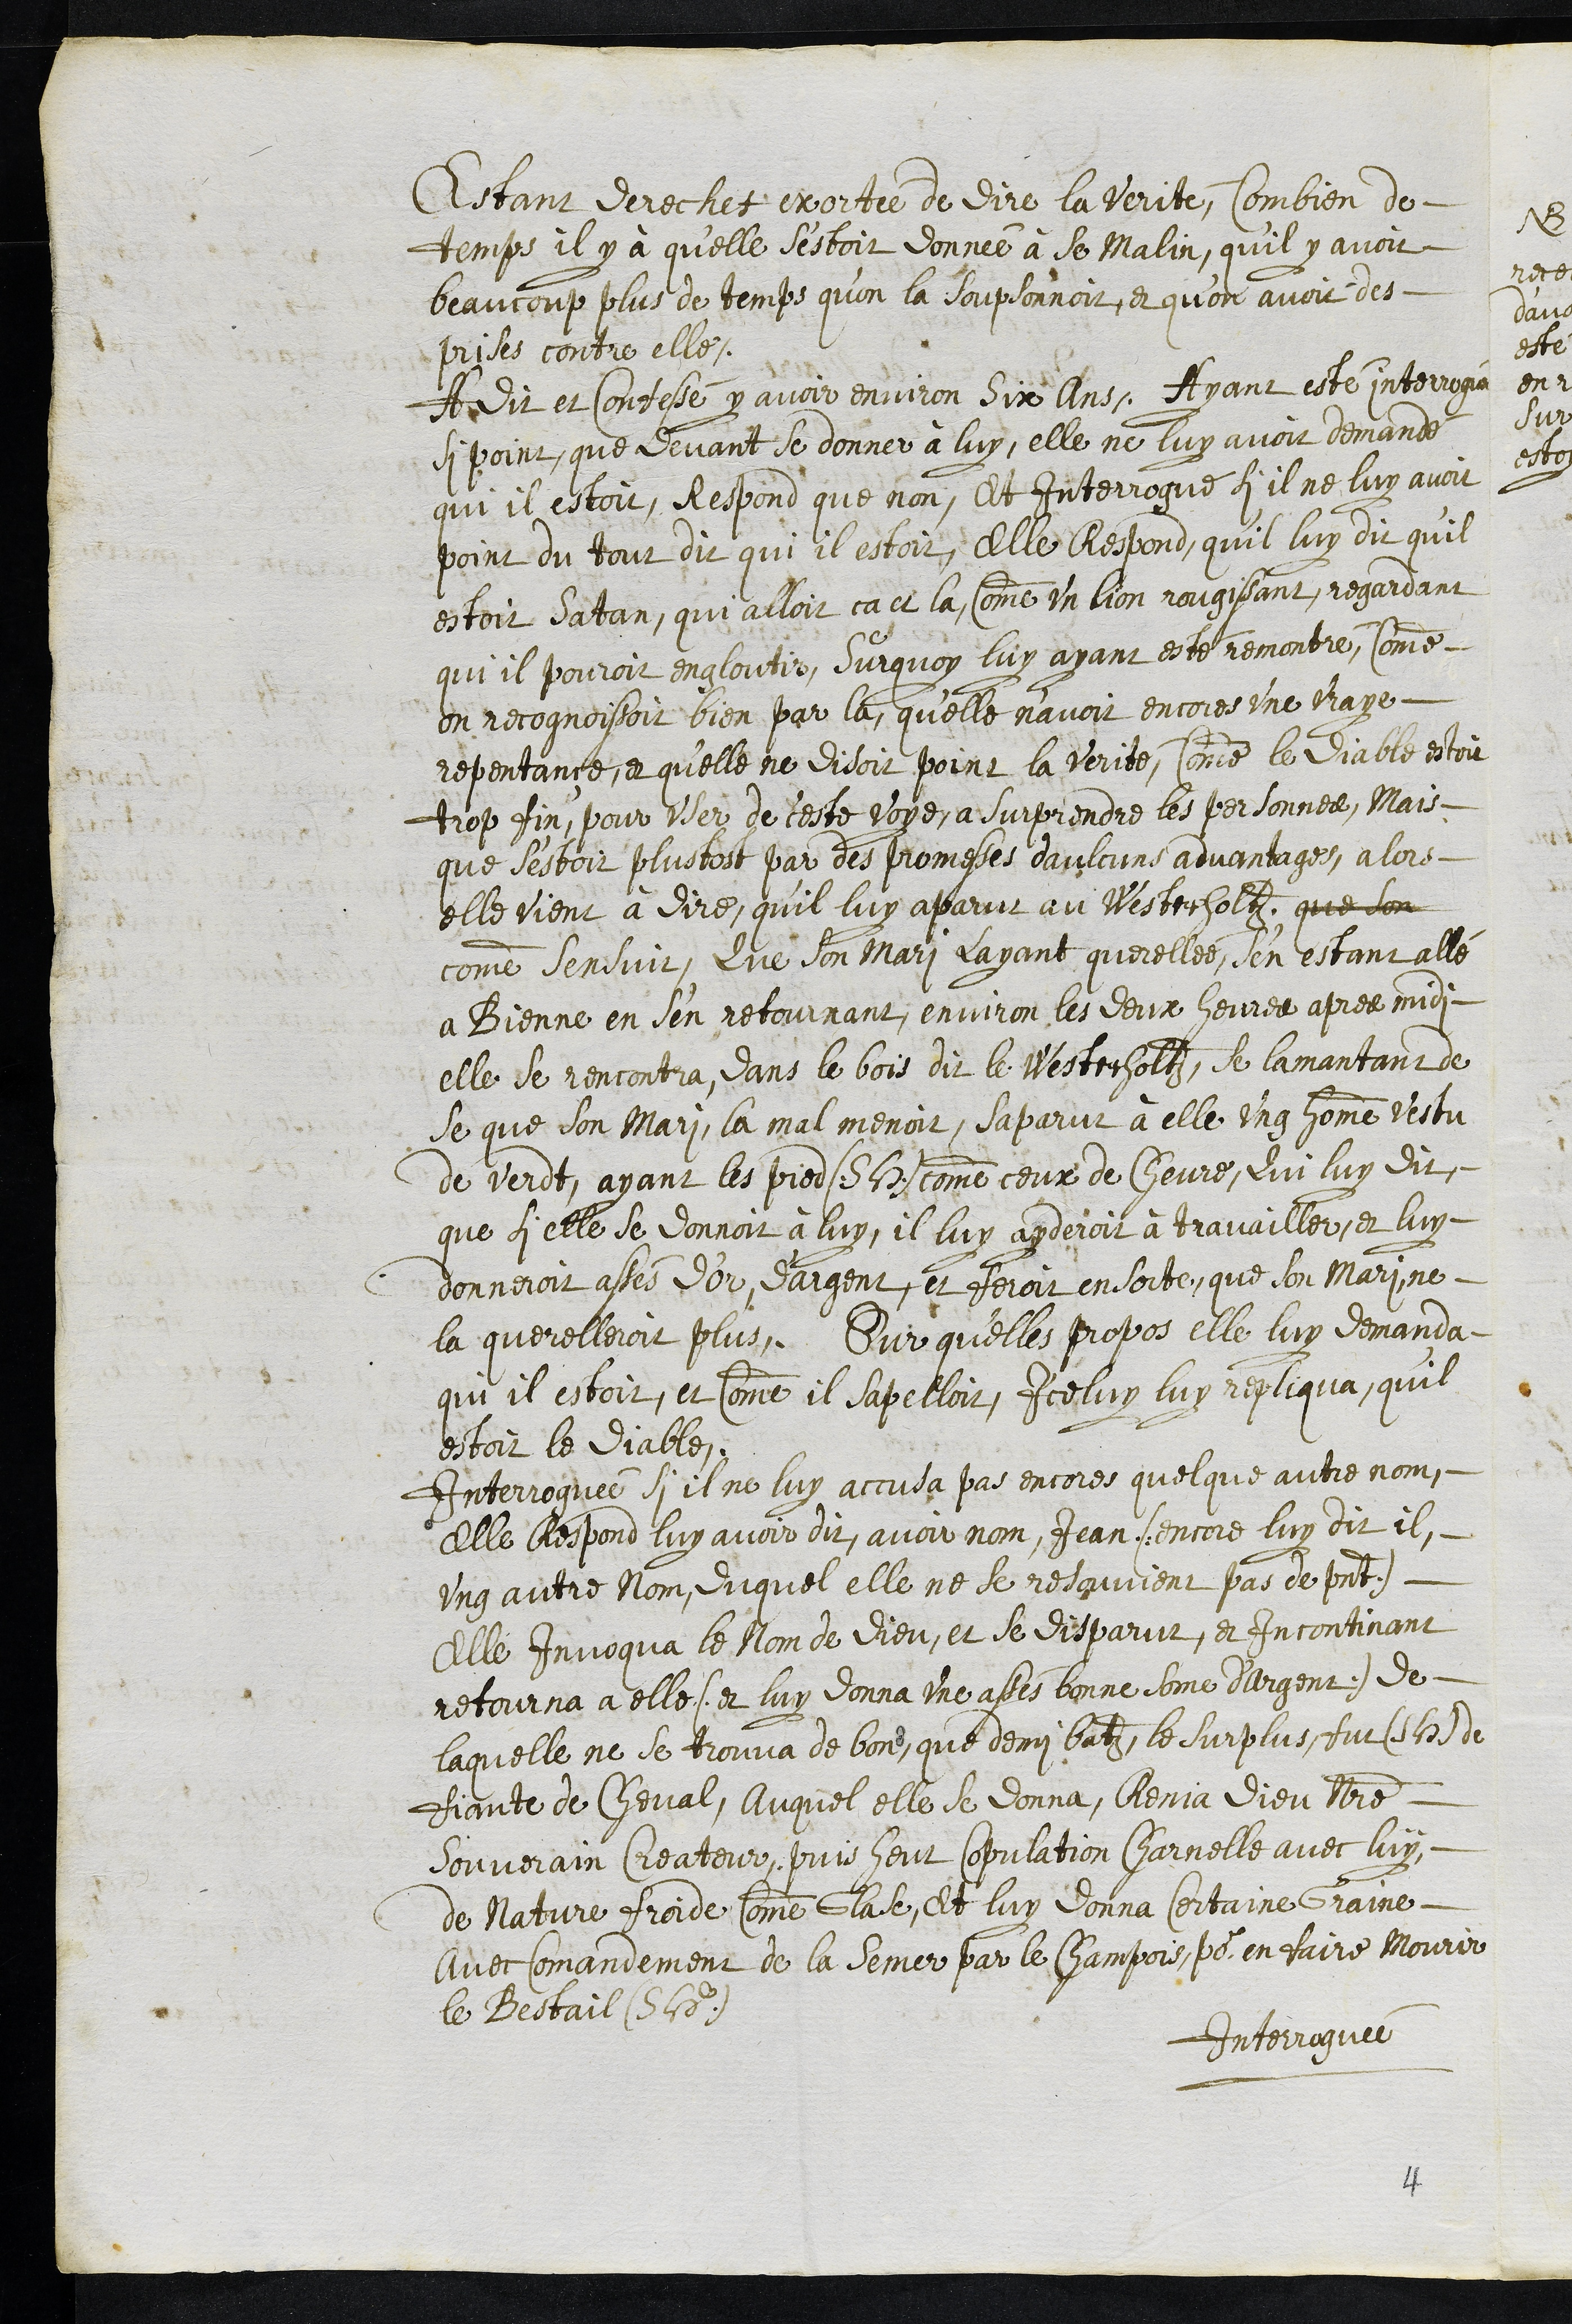
Estant derechef exortée de dire la verité, Combien de
temps il y à qu'elle s'estoit donnée à se Malin, qu’il y avoit
beaucoup plus de temps qu'on la soupsonnoit, et qu’on avoit des
prises contre elle.
A dit et Confessé y avoir environ six Ans, Ayant esté interrogée
si point que devant se donner à luy, elle ne luy avoit demandé
qui il estoit, Respond que non, Et Interrogué si il ne luy avoit
point du tout dit qui il estoit, Elle Respond, qu'il luy dit qu'il
estoit Satan, qui alloit ca et la, comme un lion rougissant, regardant
qui il pouroit engloutir, Surquoy luy ayant esté remontré, comme
on recognoissoit bien par la qu'elle n'avoit encores une vraye
repentance, et qu’elle ne disoit point la verite, comme le Diable estoit
trop fin, pour user de ceste voye a surprendre les personnes, Mais
que s'estoit plustost par des promesses daulcuns advantages, alors
elle vient à dire, qu’il luy apparut au Westerholtz, que son
comme sensuit, Que son mari Layant querellée, s’en estant allé
a Bienne en s'en retournant, environ les deux heures apres midi
elle se rencontra dans le bois dit le Westerholtz, se lamantant de
se que son mari, la mal menoit, saparut à elle ung homme vestu
de verd, ayant les pied (S. H.) comme ceux de chevre, Qui luy dit,
que si elle se donnoit à luy, il luy ayderoit à travailler et luy
donneroit assés d'or, d'argent, et feroit en sorte que son mari ne
la querelleroit plus, Sur qu'elles propos elle luy demanda
qui il estoit, et comme il sapelloit, Iceluy luy repliqua, qu'il
estoit le diable.
Interroguée si il ne luy accusa pas encores quelque autre nom,
Elle Respond luy avoir dit, avoir nom, Jean (encore luy dit il
ung autre nom, duquel elle ne se resouvient pas de present)
Elle Invoqua le Nom de Dieu, et se disparut, et incontinant
retourna a elle (et luy donna une assés bonne some d'argent) de
laquelle ne se trouva de bon que demi batz, le surplus, fust (S. H.) de
fiante de Cheval, Auquel elle se donna, Renia Dieu Notre
Souverain Createur, puis heut Copulation Charnelle avec luy
de Nature froide comme Glase, Et luy donna certaine Graine,
avec Comandement de la semer par le Champois, pour en faire mourir
le Bestail (S. H.)
Interroguée
4